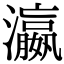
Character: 瀛